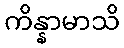
ကိန္နာမာသိ